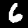
Digit: 6